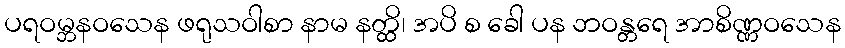
ပရဝမ္ဘနဝသေန ဖရုသဝါစာ နာမ နတ္ထိ၊ အပိ စ ခေါ ပန ဘဝန္တရေ အာစိဏ္ဏဝသေန